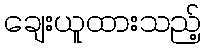
ချေးယူထားသည့်